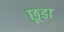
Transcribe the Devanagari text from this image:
छूड़ा